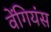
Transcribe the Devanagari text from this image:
वेंगियंस